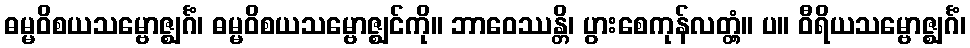
ဓမ္မဝိစယသမ္ဗောဇ္ဈင်္ဂံ၊ ဓမ္မဝိစယသမ္ဗောဇ္ဈင်ကို။ ဘာဝေဿန္တိ၊ ပွားစေကုန်လတ္တံ့။ ပ။ ဝီရိယသမ္ဗောဇ္ဈင်္ဂံ၊